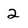
Character: 2